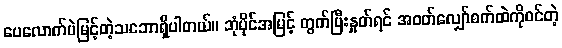
ပေလောက်ပဲမြင့်တဲ့သဘောရှိပါတယ်။ ဘုံပိုင်အမြင့် တွက်ပြီးနှုတ်ရင် အဝတ်လျှော်စက်ထဲကိုဝင်တဲ့